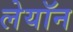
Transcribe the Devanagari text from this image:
लेयॉन